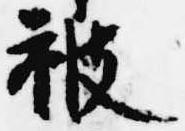
被